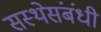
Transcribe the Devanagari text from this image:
सस्थेसंबंधी